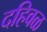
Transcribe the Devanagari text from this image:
दहिवळ